Annual report on the working of the lock hospitals in the North-Western Provinces and Oudh
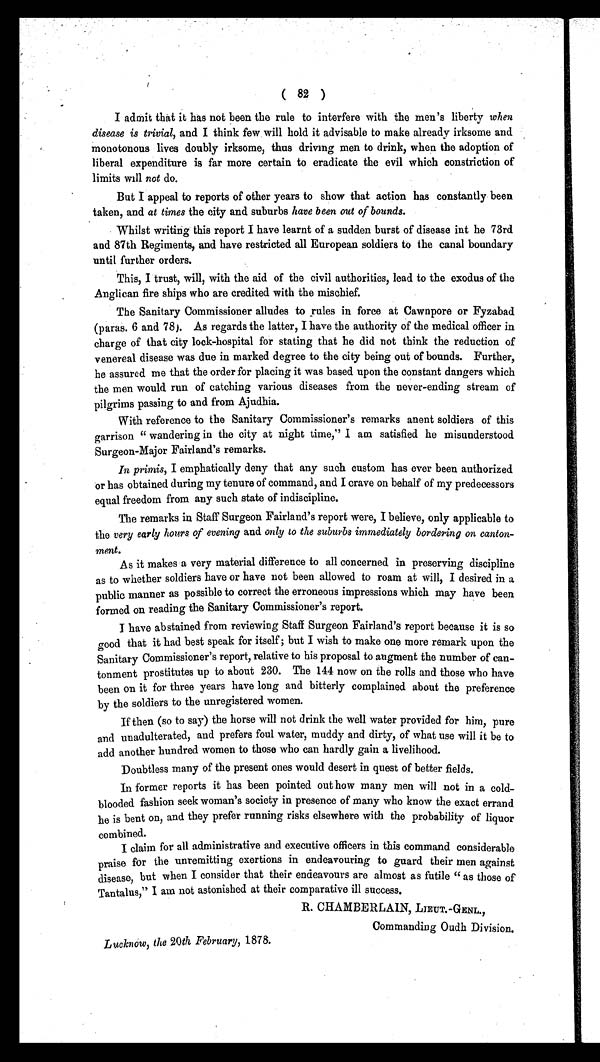
( 82 )
I admit that it has not been the rule to interfere with the men's liberty when
disease is trivial, and I think few will hold it advisable to make already irksome and
monotonous lives doubly irksome, thus driving men to drink, when the adoption of
liberal expenditure is far more certain to eradicate the evil which constriction of
limits will not do.
But I appeal to reports of other years to show that action has constantly been
taken, and at times the city and suburbs have been out of bounds .
Whilst writing this report I have learnt of a sudden burst of disease int he 73rd
and 87th Regiments, and have restricted all European soldiers to the canal boundary
until further orders.
This, I trust, will, with the aid of the civil authorities, lead to the exodus of the
Anglican fire ships who are credited with the mischief.
The Sanitary Commissioner alludes to rules in force at Cawnpore or Fyzabad
(paras. 6 and 78). As regards the latter, I have the authority of the medical officer in
charge of that city lock-hospital for stating that he did not think the reduction of
venereal disease was due in marked degree to the city being out of bounds. Further,
he assured me that the order for placing it was based upon the constant dangers which
the men would run of catching various diseases from the never-ending stream of
pilgrims passing to and from Ajudhia.
With reference to the Sanitary Commissioner's remarks anent soldiers of this
garrison " wandering in the city at night time," I am satisfied he misunderstood
Surgeon-Major Fairland's remarks.
In primis, I emphatically deny that any such custom has ever been authorized
or has obtained during my tenure of command, and I crave on behalf of my predecessors
equal freedom from any such state of indiscipline.
The remarks in Staff Surgeon Fairland's report were, I believe, only applicable to
the very early hours of evening and only to the suburbs immediately bordering on canton-
ment.
As it makes a very material difference to all concerned in preserving discipline
as to whether soldiers have or have not been allowed to roam at will, I desired in a
public manner as possible to correct the erroneous impressions which may have been
formed on reading the Sanitary Commissioner's report.
I have abstained from reviewing Staff Surgeon Fairland's report because it is so
good that it had best speak for itself; but I wish to make one more remark upon the
Sanitary Commissioner's report, relative to his proposal to augment the number of can-
tonment prostitutes up to about 230. The 144 now on the rolls and those who have
been on it for three years have long and bitterly complained about the preference
by the soldiers to the unregistered women.
If then (so to say) the horse will not drink the well water provided for him, pure
and unadulterated, and prefers foul water, muddy and dirty, of what use will it be to
add another hundred women to those who can hardly gain a livelihood.
Doubtless many of the present ones would desert in quest of better fields.
In former reports it has been pointed out how many men will not in a cold-
blooded fashion seek woman's society in presence of many who know the exact errand
he is bent on, and they prefer running risks elsewhere with the probability of liquor
combined.
I claim for all administrative and executive officers in this command considerable
praise for the unremitting exertions in endeavouring to guard their men against
disease, but when I consider that their endeavours are almost as futile " as those of
Tantalus," I am not astonished at their comparative ill success.
R. CHAMBERLAIN, LIEUT.-GENL.,
Commanding Oudh Division.
LucknOw, the 20th February, 1878.